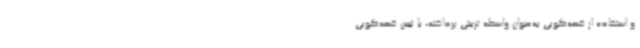
و استفاده از قصه‌گویی به‌عنوان واسطه تربیتی پرداخته، با تبیین قصه‌گویی